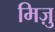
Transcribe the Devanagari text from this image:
मिज़ु